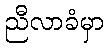
ညီလာခံမှာ